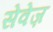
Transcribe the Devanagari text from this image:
सेवेज़